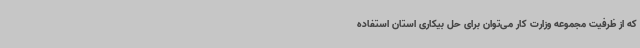
که از ظرفیت مجموعه وزارت کار می‌توان برای حل بیکاری استان استفاده